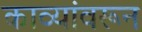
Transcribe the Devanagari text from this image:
काव्यांवरून